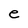
Character: e